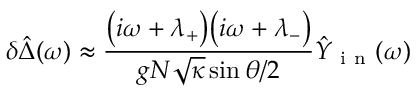
\delta \hat { \Delta } ( \omega ) \approx \frac { \big ( i \omega + \lambda _ { + } \big ) \big ( i \omega + \lambda _ { - } \big ) } { g N \sqrt { \kappa } \sin \theta / 2 } \hat { Y } _ { \mathrm { ~ i ~ n ~ } } ( \omega )